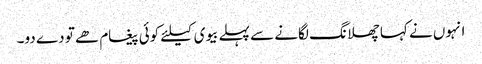
انہوں نے کہا چھلانگ لگانے سے پہلے بیوی کیلئے کوئی پیغام ھے تو دے دو۔